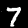
Digit: 7